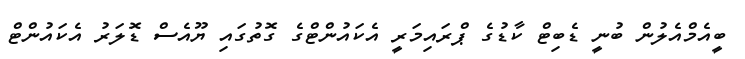
ބީއެމްއެލުން ބުނީ ޑެބިޓް ކާޑުގެ ޕްރައިމަރީ އެކައުންޓްގެ ގޮތުގައި ޔޫއެސް ޑޮަލަރު އެކައުންޓް